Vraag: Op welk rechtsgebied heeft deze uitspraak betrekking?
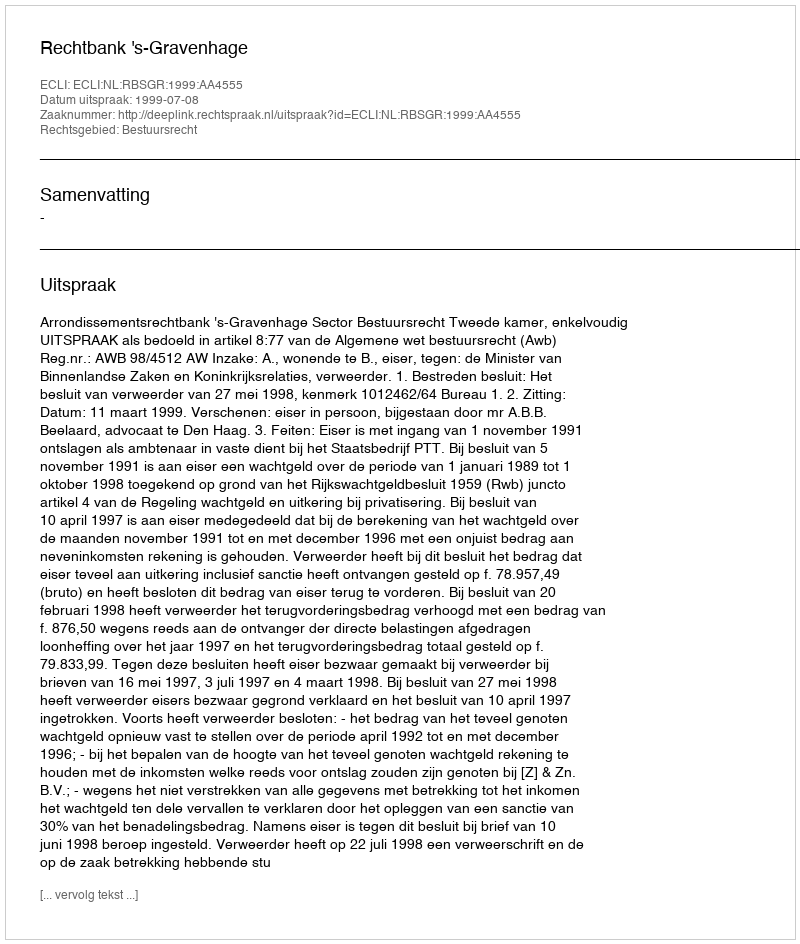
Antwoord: Bestuursrecht